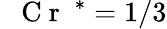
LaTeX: \mathrm{~\textit~{~C~r~}~}{}^{*}=1/3